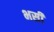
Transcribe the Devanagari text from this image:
भसी